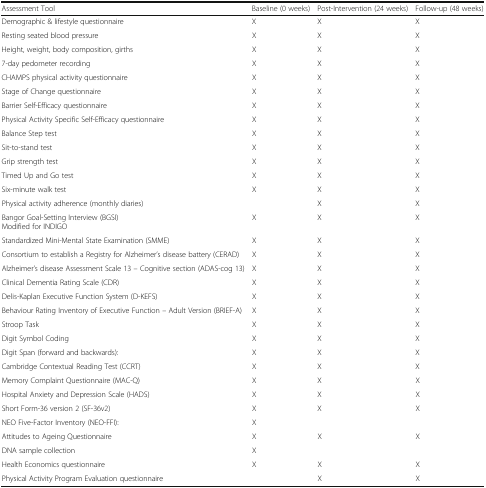
<table><thead><tr><td><b>Assessment Tool</b></td><td><b>Baseline (0 weeks)</b></td><td><b>Post-Intervention (24 weeks)</b></td><td><b>Follow-up (48 weeks)</b></td></tr></thead><tbody><tr><td>Demographic &amp; lifestyle questionnaire</td><td>X</td><td>X</td><td>X</td></tr><tr><td>Resting seated blood pressure</td><td>X</td><td>X</td><td>X</td></tr><tr><td>Height, weight, body composition, girths</td><td>X</td><td>X</td><td>X</td></tr><tr><td>7-day pedometer recording</td><td>X</td><td>X</td><td>X</td></tr><tr><td>CHAMPS physical activity questionnaire</td><td>X</td><td>X</td><td>X</td></tr><tr><td>Stage of Change questionnaire</td><td>X</td><td>X</td><td>X</td></tr><tr><td>Barrier Self-Efficacy questionnaire</td><td>X</td><td>X</td><td>X</td></tr><tr><td>Physical Activity Specific Self-Efficacy questionnaire</td><td>X</td><td>X</td><td>X</td></tr><tr><td>Balance Step test</td><td>X</td><td>X</td><td>X</td></tr><tr><td>Sit-to-stand test</td><td>X</td><td>X</td><td>X</td></tr><tr><td>Grip strength test</td><td>X</td><td>X</td><td>X</td></tr><tr><td>Timed Up and Go test</td><td>X</td><td>X</td><td>X</td></tr><tr><td>Six-minute walk test</td><td>X</td><td>X</td><td>X</td></tr><tr><td>Physical activity adherence (monthly diaries)</td><td>[EMPTY_CELL]</td><td>X</td><td>X</td></tr><tr><td>Bangor Goal-Setting Interview (BGSI)Modified for INDIGO</td><td>X</td><td>X</td><td>X</td></tr><tr><td>Standardized Mini-Mental State Examination (SMME)</td><td>X</td><td>X</td><td>X</td></tr><tr><td>Consortium to establish a Registry for Alzheimer’s disease battery (CERAD)</td><td>X</td><td>X</td><td>X</td></tr><tr><td>Alzheimer’s disease Assessment Scale 13 – Cognitive section (ADAS-cog 13)</td><td>X</td><td>X</td><td>X</td></tr><tr><td>Clinical Dementia Rating Scale (CDR)</td><td>X</td><td>X</td><td>X</td></tr><tr><td>Delis-Kaplan Executive Function System (D-KEFS)</td><td>X</td><td>X</td><td>X</td></tr><tr><td>Behaviour Rating Inventory of Executive Function – Adult Version (BRIEF-A)</td><td>X</td><td>X</td><td>X</td></tr><tr><td>Stroop Task</td><td>X</td><td>X</td><td>X</td></tr><tr><td>Digit Symbol Coding</td><td>X</td><td>X</td><td>X</td></tr><tr><td>Digit Span (forward and backwards):</td><td>X</td><td>X</td><td>X</td></tr><tr><td>Cambridge Contextual Reading Test (CCRT)</td><td>X</td><td>X</td><td>X</td></tr><tr><td>Memory Complaint Questionnaire (MAC-Q)</td><td>X</td><td>X</td><td>X</td></tr><tr><td>Hospital Anxiety and Depression Scale (HADS)</td><td>X</td><td>X</td><td>X</td></tr><tr><td>Short Form-36 version 2 (SF-36v2)</td><td>X</td><td>X</td><td>X</td></tr><tr><td>NEO Five-Factor Inventory (NEO-FFI):</td><td>X</td><td>[EMPTY_CELL]</td><td>[EMPTY_CELL]</td></tr><tr><td>Attitudes to Ageing Questionnaire</td><td>X</td><td>X</td><td>X</td></tr><tr><td>DNA sample collection</td><td>X</td><td>[EMPTY_CELL]</td><td>[EMPTY_CELL]</td></tr><tr><td>Health Economics questionnaire</td><td>X</td><td>X</td><td>X</td></tr><tr><td>Physical Activity Program Evaluation questionnaire</td><td>[EMPTY_CELL]</td><td>X</td><td>X</td></tr></tbody></table>